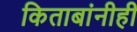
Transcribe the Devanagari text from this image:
किताबांनीही